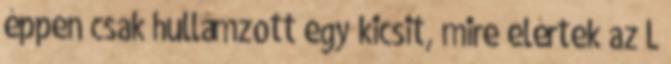
éppen csak hullámzott egy kicsit, mire elértek az L